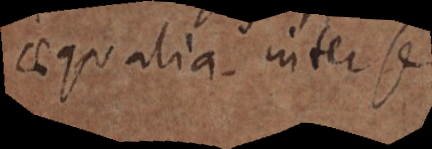
aequalia. inter se